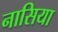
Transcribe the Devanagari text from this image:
नासिया